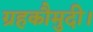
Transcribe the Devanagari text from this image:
ग्रहकौमुदी।